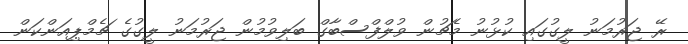
ރޭ ޖަރުމަނު ލީގުގައި ކުޅުނު މެޗުން ވުލްފްސްބާގް ބަލިވުމުން ޖަރުމަނު ލީގުގެ ޗެމްޕިއަންކަން